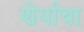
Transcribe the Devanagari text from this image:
शेर्याचा